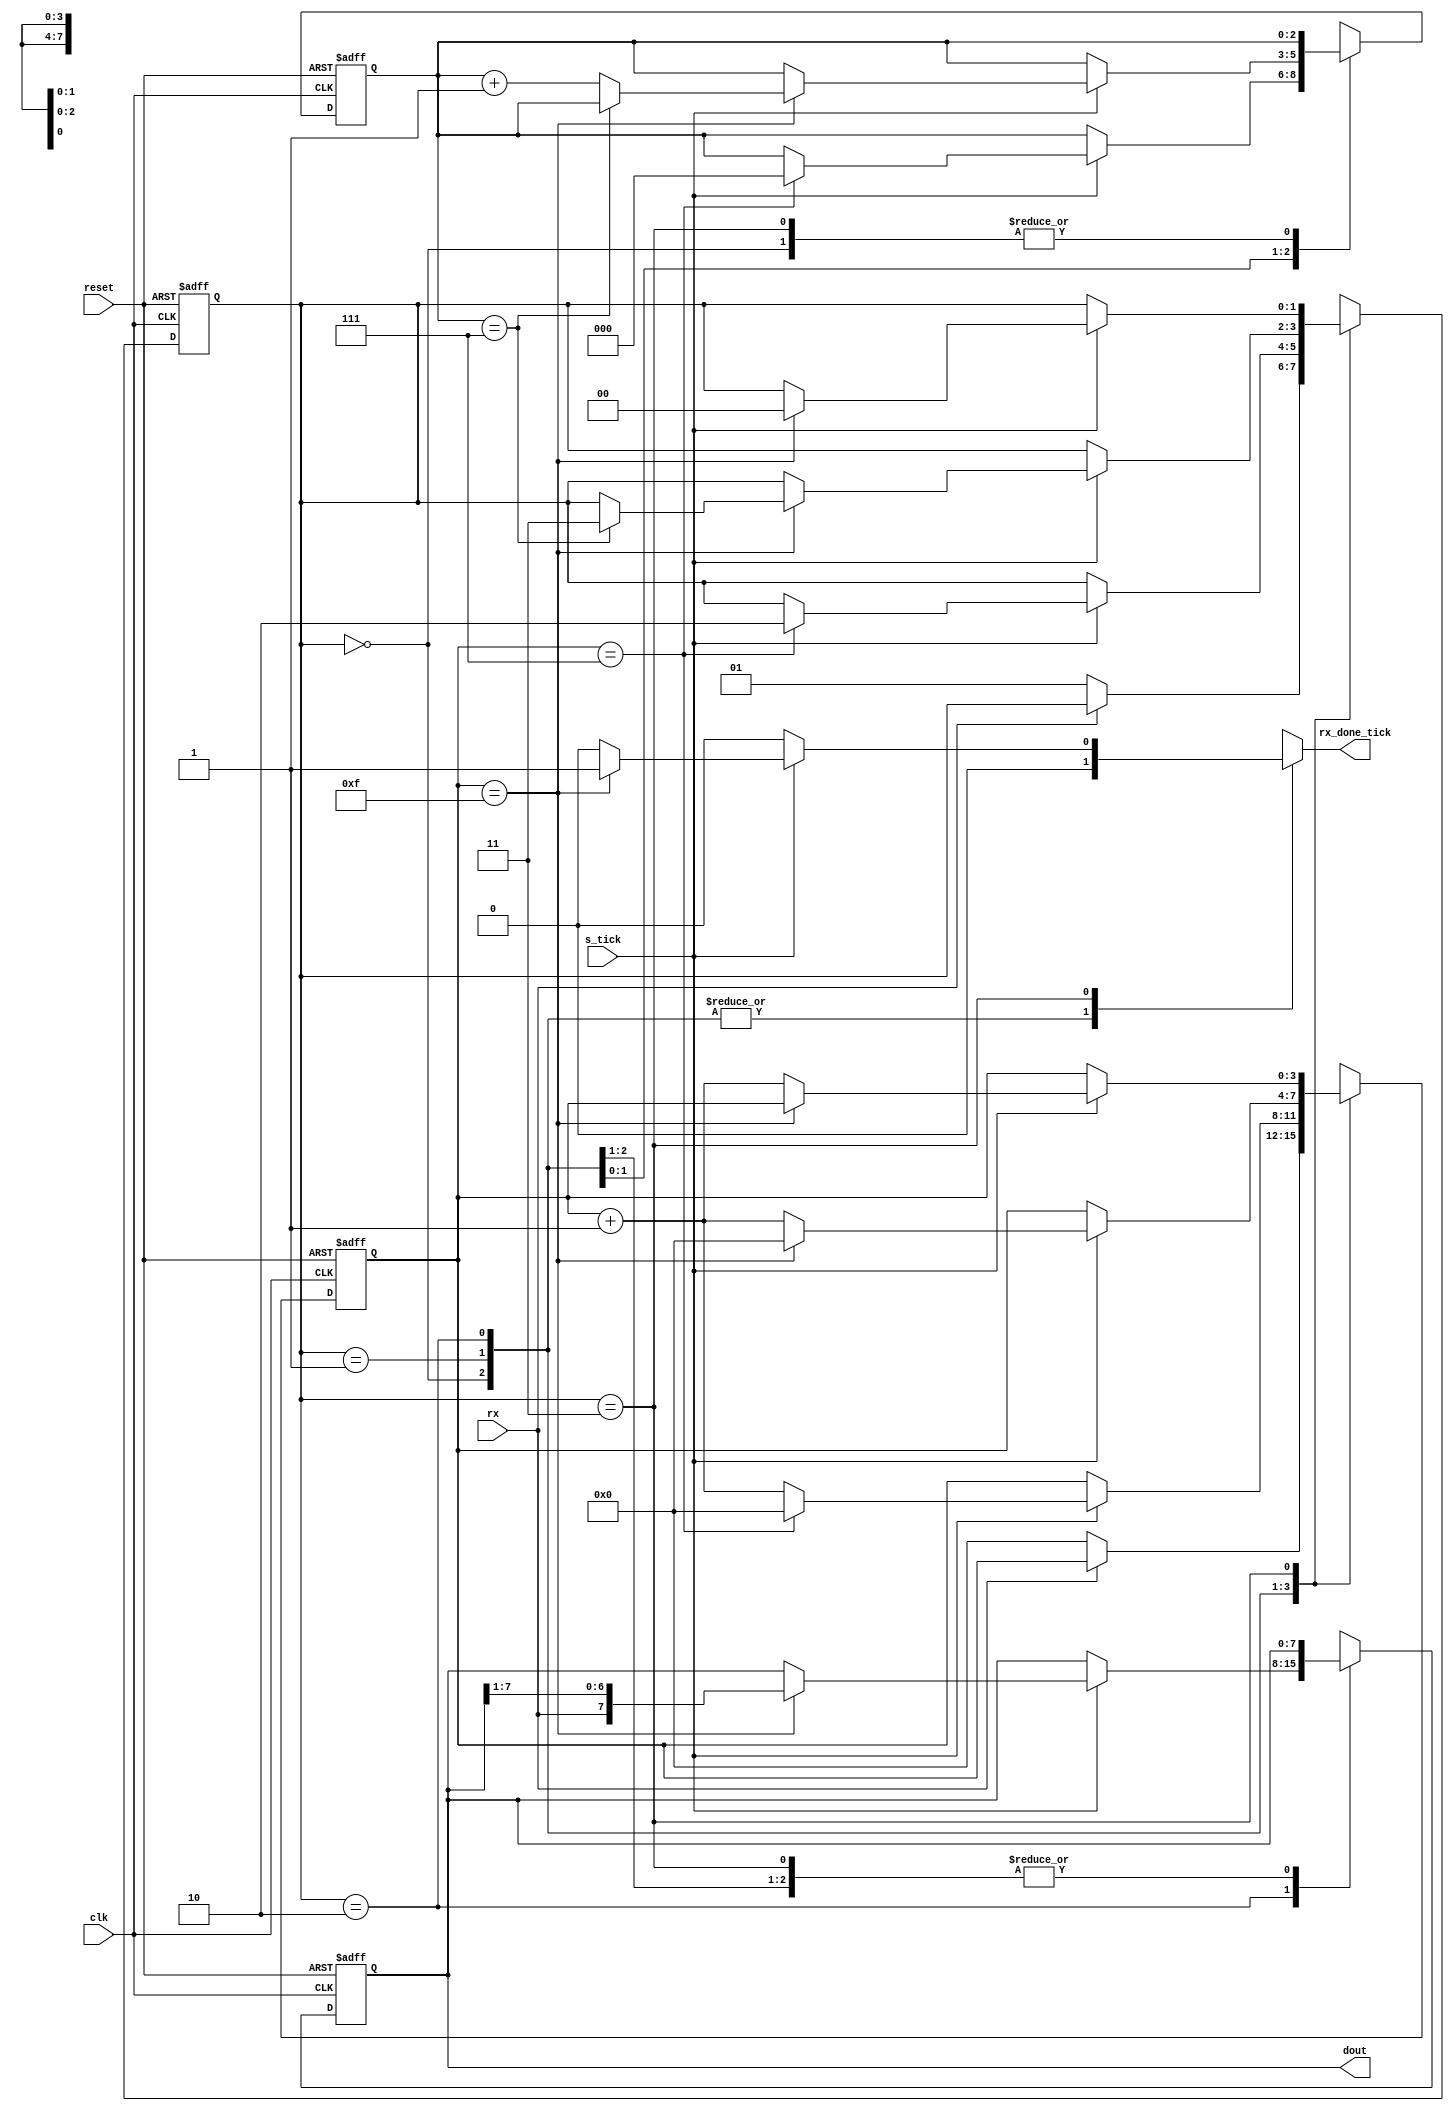
`timescale 1ns / 1ps
//////////////////////////////////////////////////////////////////////////////////
// Company: AGH UST
// Engineers: hubert Kwaniewski, Marcin Mistela
// 
// Design Name: 
// Module Name: uart_rx
// Project Name: Tic-tac-toe game
// Target Devices: 
// Tool Versions: 
// Description: 
// 
// Dependencies: 
// 
// Revision:
// Revision 0.01 - File Created
// Additional Comments: rdo kodu: kod udostpniony na zajciach laboratoryjnych z przedmiotu Ukady Elektroniki Cyfrowej 2
// 
//////////////////////////////////////////////////////////////////////////////////


module uart_rx
   #(
     parameter DBIT = 8,     // # data bits
               SB_TICK = 16  // # ticks for stop bits
   )
   (
    input wire clk, reset,
    input wire rx, s_tick,
    output reg rx_done_tick,
    output wire [7:0] dout
   );

   // symbolic state declaration
   localparam [1:0]
      idle  = 2'b00,
      start = 2'b01,
      data  = 2'b10,
      stop  = 2'b11;

   // signal declaration
   reg [1:0] state_reg, state_next;
   reg [3:0] s_reg, s_next;
   reg [2:0] n_reg, n_next;
   reg [7:0] b_reg, b_next;

   // body
   // FSMD state & data registers
   always @(posedge clk, posedge reset)
      if (reset)
         begin
            state_reg <= idle;
            s_reg <= 0;
            n_reg <= 0;
            b_reg <= 0;
         end
      else
         begin
            state_reg <= state_next;
            s_reg <= s_next;
            n_reg <= n_next;
            b_reg <= b_next;
         end

   // FSMD next-state logic
   always @*
   begin
      state_next = state_reg;
      rx_done_tick = 1'b0;
      s_next = s_reg;
      n_next = n_reg;
      b_next = b_reg;
      case (state_reg)
         idle:
            if (~rx)
               begin
                  state_next = start;
                  s_next = 0;
               end
         start:
            if (s_tick)
               if (s_reg==7)
                  begin
                     state_next = data;
                     s_next = 0;
                     n_next = 0;
                  end
               else
                  s_next = s_reg + 1;
         data:
            if (s_tick)
               if (s_reg==15)
                  begin
                     s_next = 0;
                     b_next = {rx, b_reg[7:1]};
                     if (n_reg==(DBIT-1))
                        state_next = stop ;
                      else
                        n_next = n_reg + 1;
                   end
               else
                  s_next = s_reg + 1;
         stop:
            if (s_tick)
               if (s_reg==(SB_TICK-1))
                  begin
                     state_next = idle;
                     rx_done_tick =1'b1;
                  end
               else
                  s_next = s_reg + 1;
      endcase
   end
   // output
   assign dout = b_reg;

endmodule